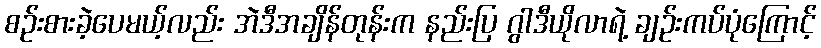
စဉ်းစားခဲ့ပေမယ့်လည်း အဲဒီအချိန်တုန်းက နည်းပြ ဂွါဒီယိုလာရဲ့ ချဉ်းကပ်ပုံကြောင့်